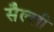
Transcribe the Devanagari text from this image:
सैल्ली